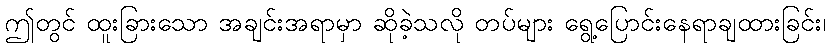
ဤတွင် ထူးခြားသော အချင်းအရာမှာ ဆိုခဲ့သလို တပ်များ ရွေ့ပြောင်းနေရာချထားခြင်း၊